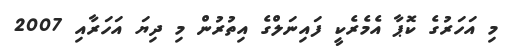
މި އަހަރުގެ ކޮޕާ އެމެރެކީ ފައިނަލްގެ އިތުރުން މި ދިޔަ އަހަރާއި 2007